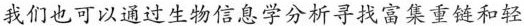
我们也可以通过生物信息学分析寻找富集重链和轻